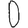
Digit: 0